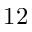
1 2